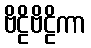
ဗိဠိဗိဠိကာ